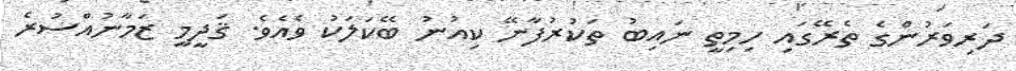
ދަރިވަރުންގެ ތެރޭގައި ހިމިތީ ނައިބު ތަކުރުފާނޭ ކިއުނު ބޭކަލަކު ވެއެވެ. ޤަދީމީ ޒަމާނުއްސުރެ